65_HS1-834228961_62-HQ-83894_Section_1
Agency: FBI
Page 172
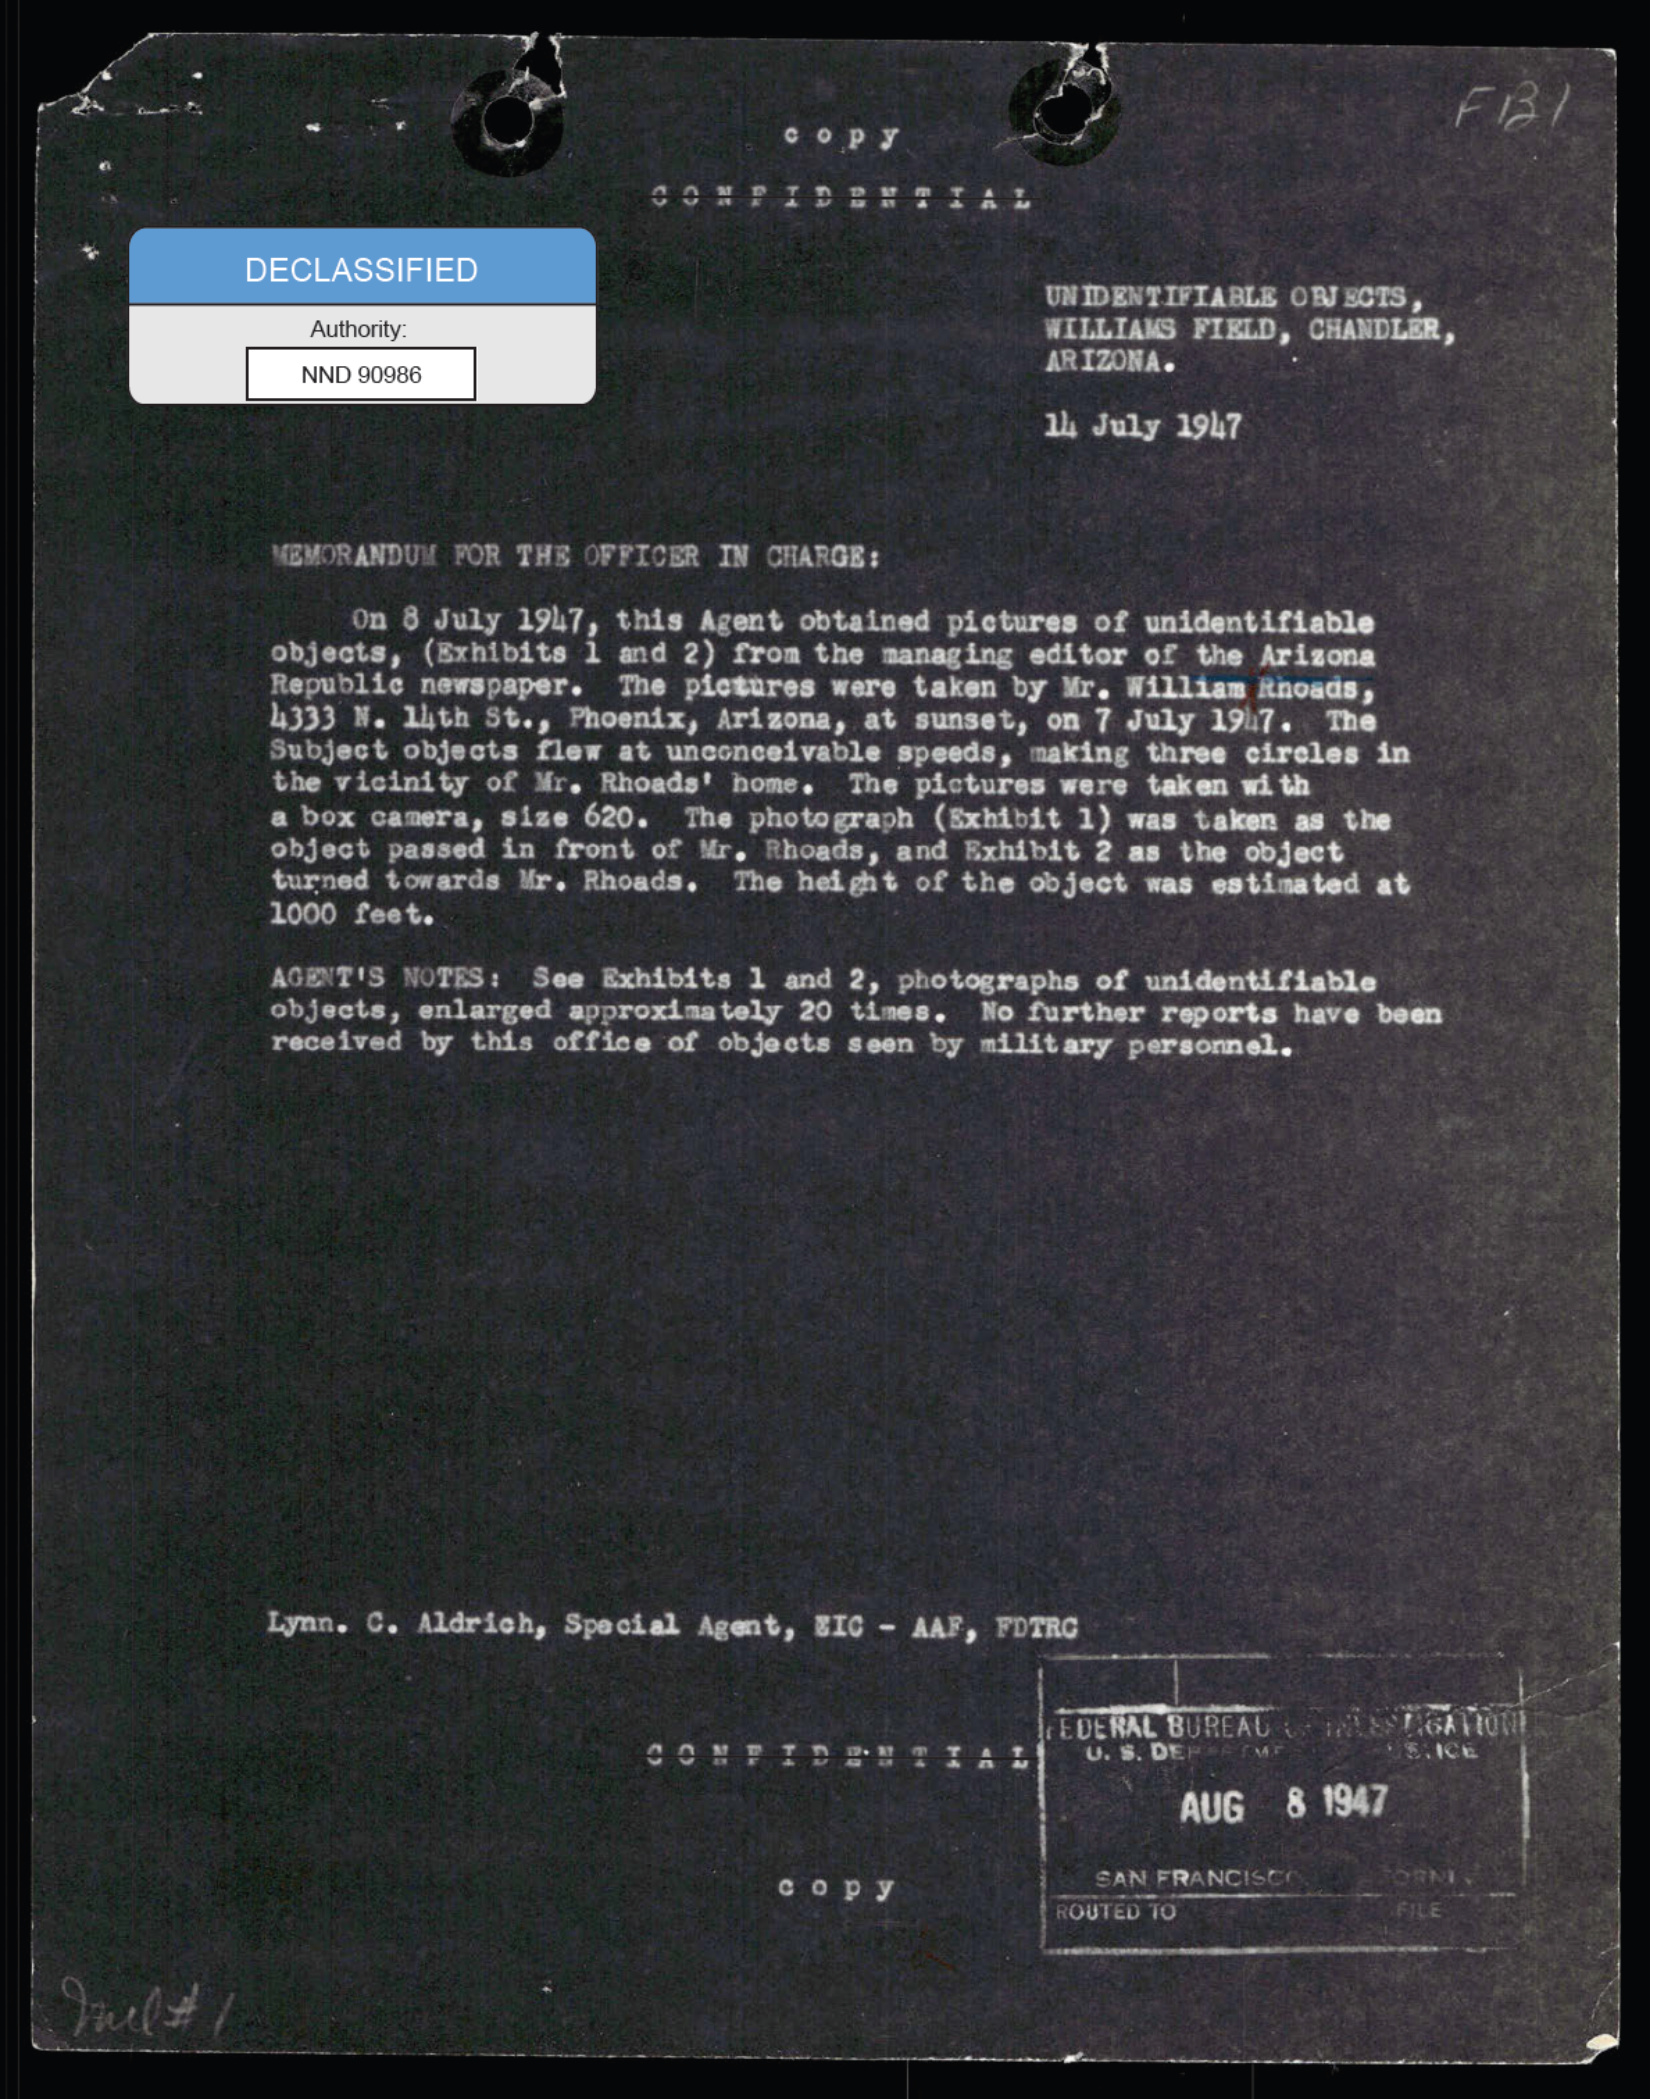